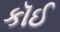
કૉઈ